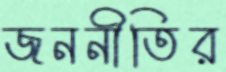
জননীতির